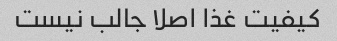
کیفیت غذا اصلا جالب نیست